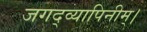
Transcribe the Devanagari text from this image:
जगद्व्यापिनीम्।